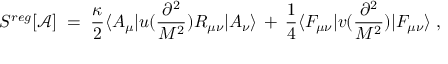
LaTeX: S ^ { r e g } [ { \mathcal A } ] \; = \; \frac { \kappa } { 2 } \langle A _ { \mu } | u ( \frac { \partial ^ { 2 } } { M ^ { 2 } } ) R _ { \mu \nu } | A _ { \nu } \rangle \, + \, \frac { 1 } { 4 } \langle F _ { \mu \nu } | v ( \frac { \partial ^ { 2 } } { M ^ { 2 } } ) | F _ { \mu \nu } \rangle \; ,